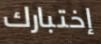
إختبارك